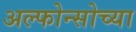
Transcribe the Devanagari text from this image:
अल्फोन्सोच्या